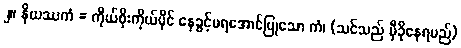
၂။ နိယဿကံ = ကိုယ်စိုးကိုယ်ပိုင် နေခွင့်မရအောင်ပြုသော ကံ၊ (သင်သည် မှီခိုနေရမည်)